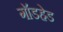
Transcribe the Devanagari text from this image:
गॉडहेड